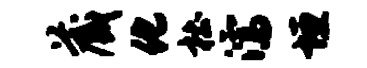
藏化杜濡垣